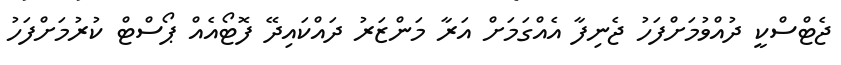
ޖެޓްސްކީ ދުއްވުމަށްފަހު ޖެނިފާ އެއްގަމަށް އަރާ މަންޒަރު ދައްކައިދޭ ފޮޓޯއެއް ޕޯސްޓް ކުރުމަށްފަހު